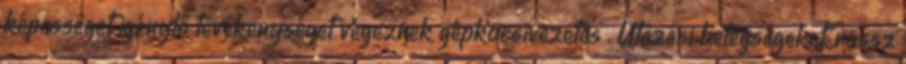
képességet igénylő tevékenységet végeznek gépkocsivezetés . Utazási betegségeket, rossz